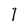
Character: 1